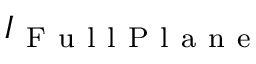
I _ { \mathrm { ~ F ~ u ~ l ~ l ~ P ~ l ~ a ~ n ~ e ~ } }